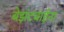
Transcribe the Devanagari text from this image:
बेझंटबाईंना